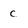
Character: c